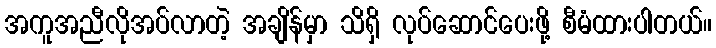
အကူအညီလိုအပ်လာတဲ့ အချိန်မှာ သိရှိ လုပ်ဆောင်ပေးဖို့ စီမံထားပါတယ်။